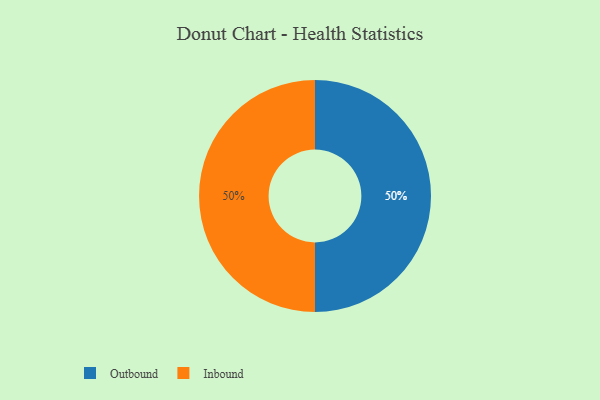
{"axis": {"x": "Category", "y": "Percentage"}, "legend": ["Inbound", "Outbound"], "data": [{"x": "Outbound", "y": 50, "type": "Outbound"}, {"x": "Inbound", "y": 50, "type": "Inbound"}]}